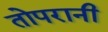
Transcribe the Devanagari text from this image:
तोपरानी